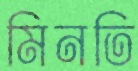
মিনতি